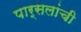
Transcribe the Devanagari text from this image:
पार्सलांची